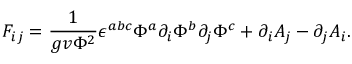
{ \cal F } _ { i j } = { \frac { 1 } { g v \Phi ^ { 2 } } } \epsilon ^ { a b c } \Phi ^ { a } \partial _ { i } \Phi ^ { b } \partial _ { j } \Phi ^ { c } + \partial _ { i } A _ { j } - \partial _ { j } A _ { i } .